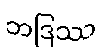
ဘဒြဿ